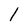
Character: 1